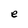
Character: e